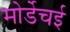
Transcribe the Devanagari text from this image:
मोर्डेचई